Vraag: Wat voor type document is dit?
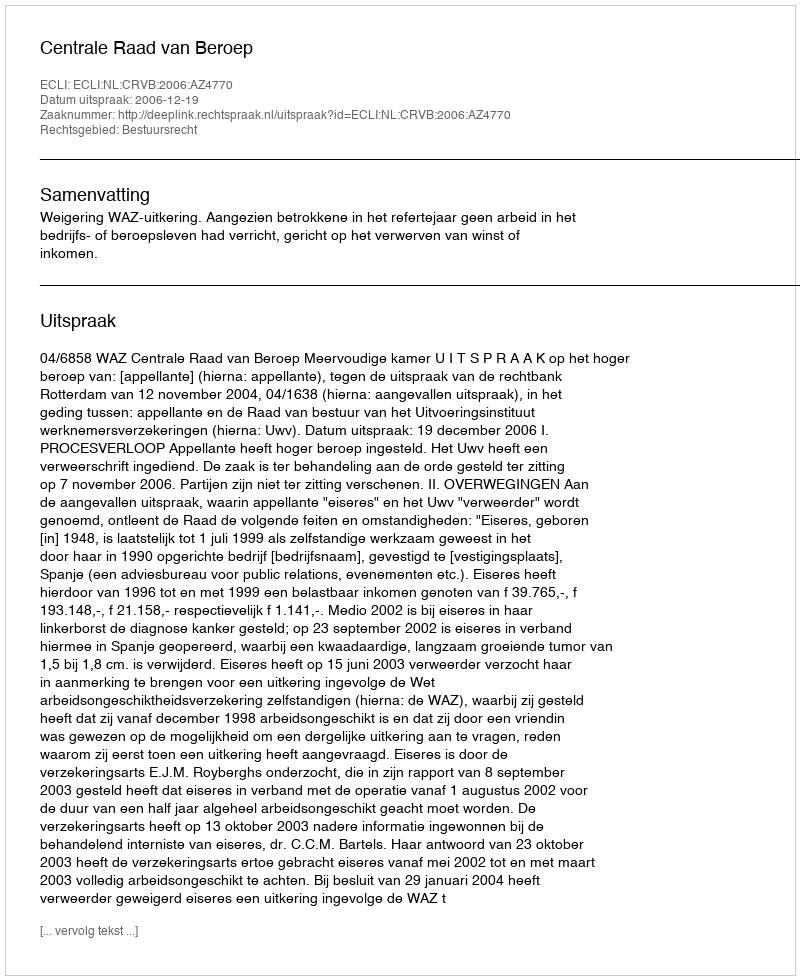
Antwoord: Uitspraak